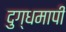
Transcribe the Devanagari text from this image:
दुग्धमापी